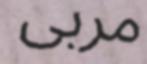
مربى